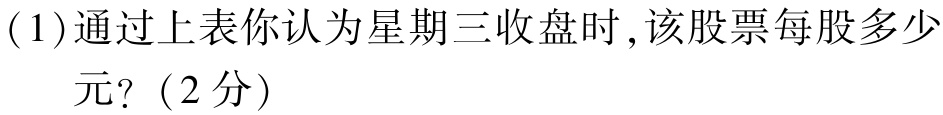
(1)通过上表你认为星期三收盘时,该股票每股多少

元?（2分）